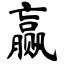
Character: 赢